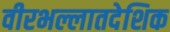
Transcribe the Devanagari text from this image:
वीरभल्लातदेशिक